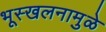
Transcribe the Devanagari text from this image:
भूस्खलनामुळे